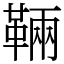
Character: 䩫